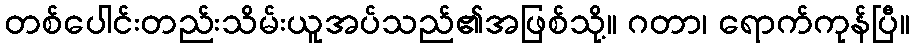
တစ်ပေါင်းတည်းသိမ်းယူအပ်သည်၏အဖြစ်သို့။ ဂတာ၊ ရောက်ကုန်ပြီ။